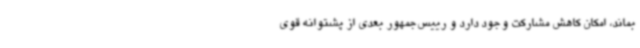
بماند، امکان کاهش مشارکت وجود دارد و رییس‌جمهور بعدی از پشتوانه قوی